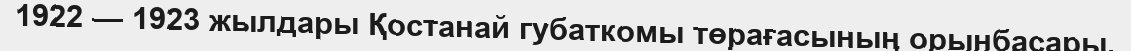
1922 — 1923 жылдары Қостанай губаткомы төрағасының орынбасары,